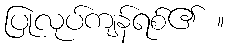
ပြုလုပ်ကျန်ရစ်၏ ။